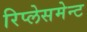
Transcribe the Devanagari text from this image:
रिप्लेसमेन्ट